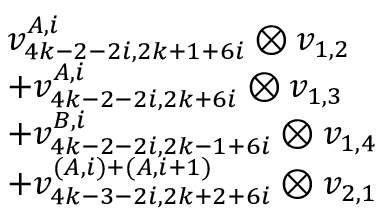
\begin{array} { r l } & { v _ { 4 k - 2 - 2 i , 2 k + 1 + 6 i } ^ { A , i } \otimes v _ { 1 , 2 } } \\ & { + v _ { 4 k - 2 - 2 i , 2 k + 6 i } ^ { A , i } \otimes v _ { 1 , 3 } } \\ & { + v _ { 4 k - 2 - 2 i , 2 k - 1 + 6 i } ^ { B , i } \otimes v _ { 1 , 4 } } \\ & { + v _ { 4 k - 3 - 2 i , 2 k + 2 + 6 i } ^ { ( A , i ) + ( A , i + 1 ) } \otimes v _ { 2 , 1 } } \end{array}